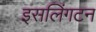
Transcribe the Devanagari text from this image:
इसलिंगटन